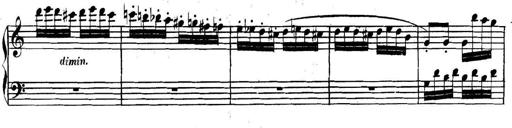
Title: Collected Piano Sonatas
Composer: Muzio Clementi